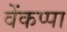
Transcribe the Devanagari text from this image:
वेंकप्पा